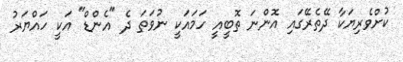
ކުށްވެރިޔަކާ ދޭތެރޭގައި އޮންނަ ތޮބީއީ ހަމައަކީ ނުވަތަ ދެ "އެންޑް" އަކީ ހައްޔަރު